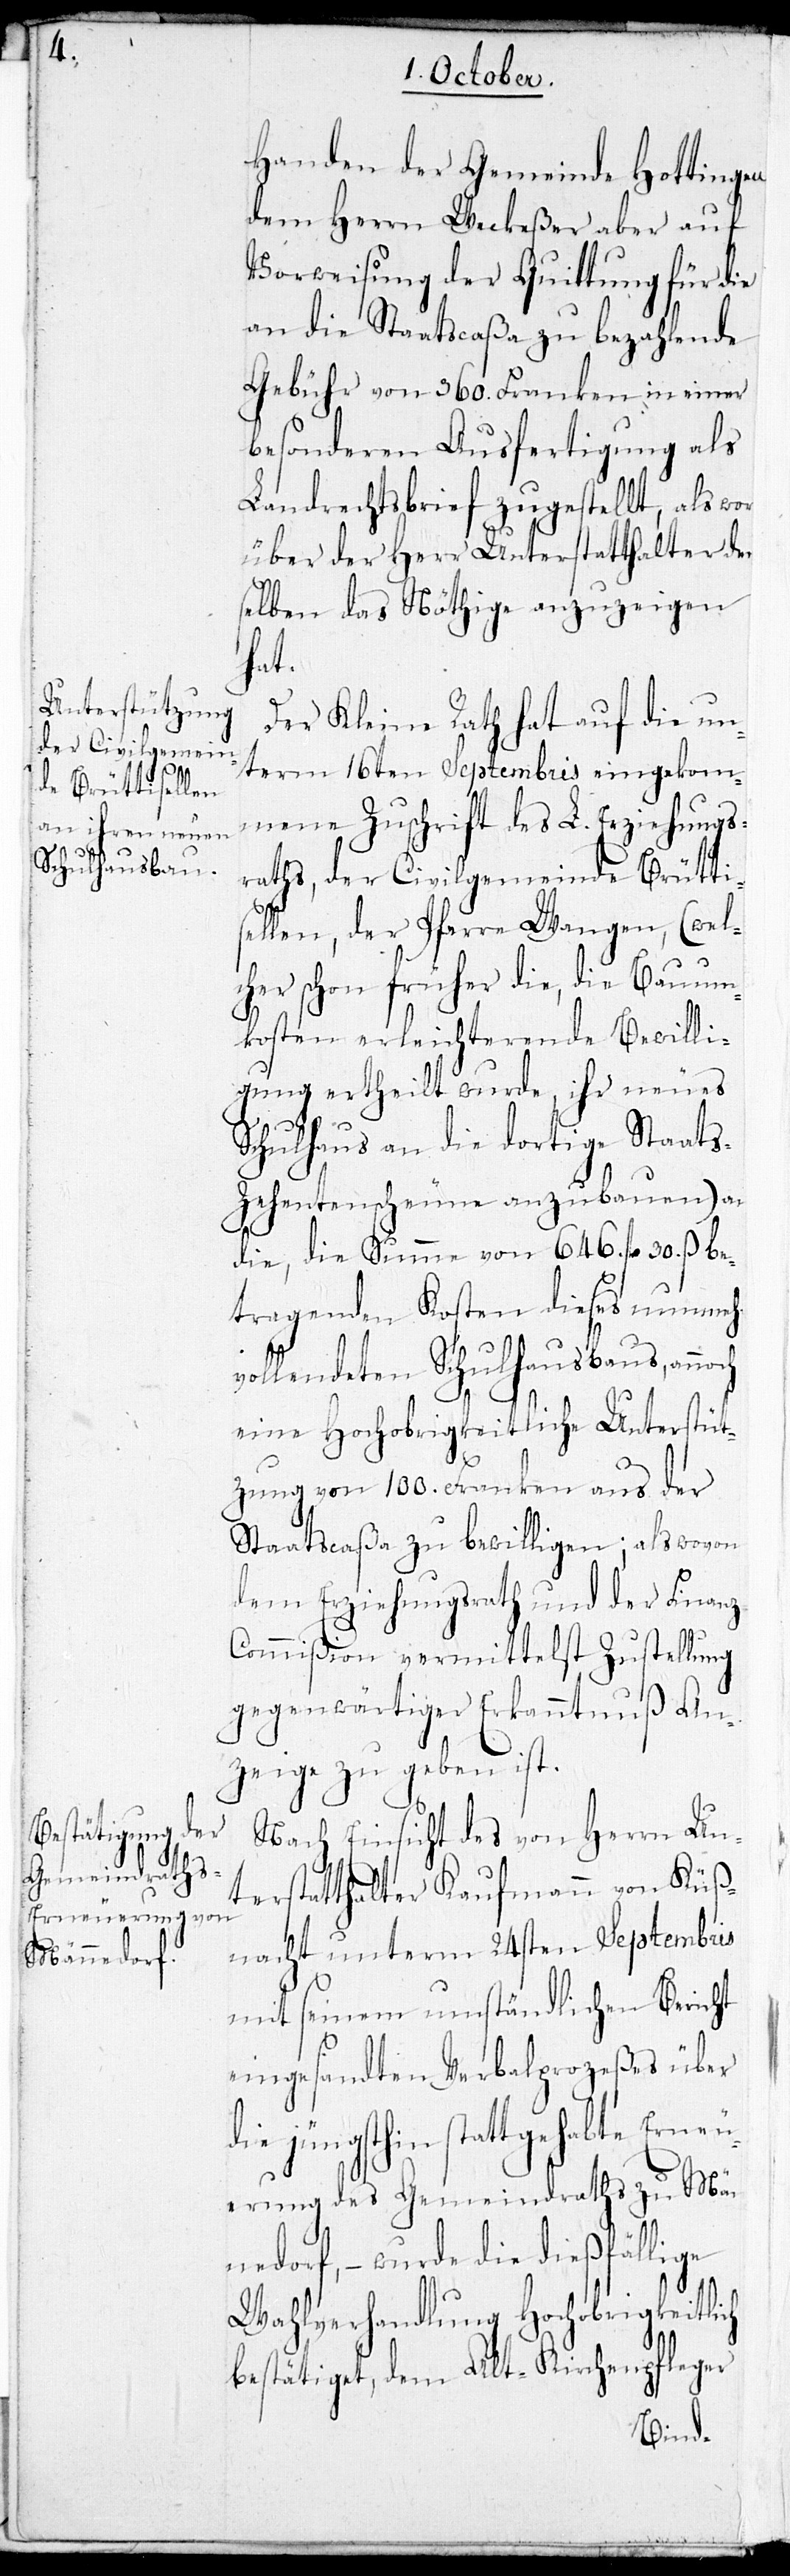
Handen der Gemeinde Hottingen
dem Herrn Weckeßer aber auf
Vorweisung der Quittung für die
an die Staatscaßa zu bezahlende
Gebühr von 360. Franken in einer
besonderen Ausfertigung als
Landrechtsbrief zugestellt, als wo¬
rüber der Herr Unterstatthalter den¬
selben das Nöthige anzuzeigen
hat.
Der Kleine Rath hat auf die un¬
term 16ten Septembris eingekom¬
mene Zuschrift des L. Erziehungs¬
raths, der Civilgemeinde Brütti¬
sellen, der Pfarre Wangen, (wel¬
cher schon früher die, die Bauum¬
kosten erleichternde Bewilli¬
gung ertheilt wurde, ihr neues
Schulhaus an die dortige Staats¬
zehentenscheune anzubauen) an
die, die Summe von 646. fl. 30. ß be¬
tragende Kosten dieses nunmehro
vollendeten Schulhausbaus, annoch
eine Hochobrigkeitliche Unterstüt¬
zung von 100. Franken aus der
Staatscaßa zu bewilligen; als wovon
dem Erziehungsrath und der Finanz¬
commißion vermittelst Zustellung
gegenwärtiger Erkanntnuß An¬
zeige zu geben ist.
Nach Einsicht des von Herrn Un¬
terstatthalter Kaufmann von Küß¬
nacht unterm 24sten Septembris
mit seinem umständlichen Bericht
eingesandten Verbalprozeßes über
die jüngsthin stattgehabte Erneu¬
erung des Gemeindraths zu Män¬
nedorf, – wurde die dießfällige
Wahlverhandlung Hochobrigkeitlich
bestätiget, dem Alt-Kirchenpfleger